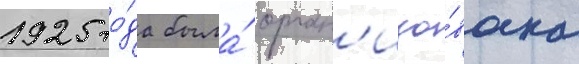
1925 го́да была́ орган'изо́вана